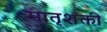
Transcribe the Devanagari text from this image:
मातृशक्ती